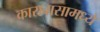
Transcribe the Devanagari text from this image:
कारावासामध्ये